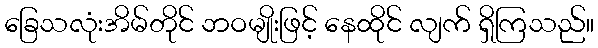
ခြေသလုံးအိမ်တိုင် ဘဝမျိုးဖြင့် နေထိုင် လျက် ရှိကြသည်။